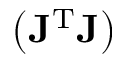
\left( \mathbf { J } ^ { \mathrm { T } } \mathbf { J } \right)